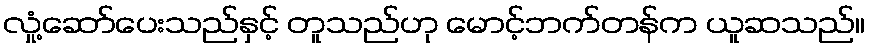
လှုံ့ဆော်ပေးသည်နှင့် တူသည်ဟု မောင့်ဘက်တန်က ယူဆသည်။